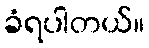
ခံရပါတယ်။